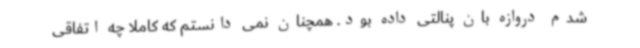
شدم دروازه بان پنالتی داده بود. همچنان نمی دانستم که کاملا چه اتفاقی